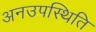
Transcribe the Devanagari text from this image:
अनउपस्थिति